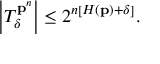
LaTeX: \left\vert T _ { \delta } ^ { \mathbf { p } ^ { n } } \right\vert \leq 2 ^ { n \left[ H \left( \mathbf { p } \right) + \delta \right] } .